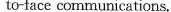
to-face communications.